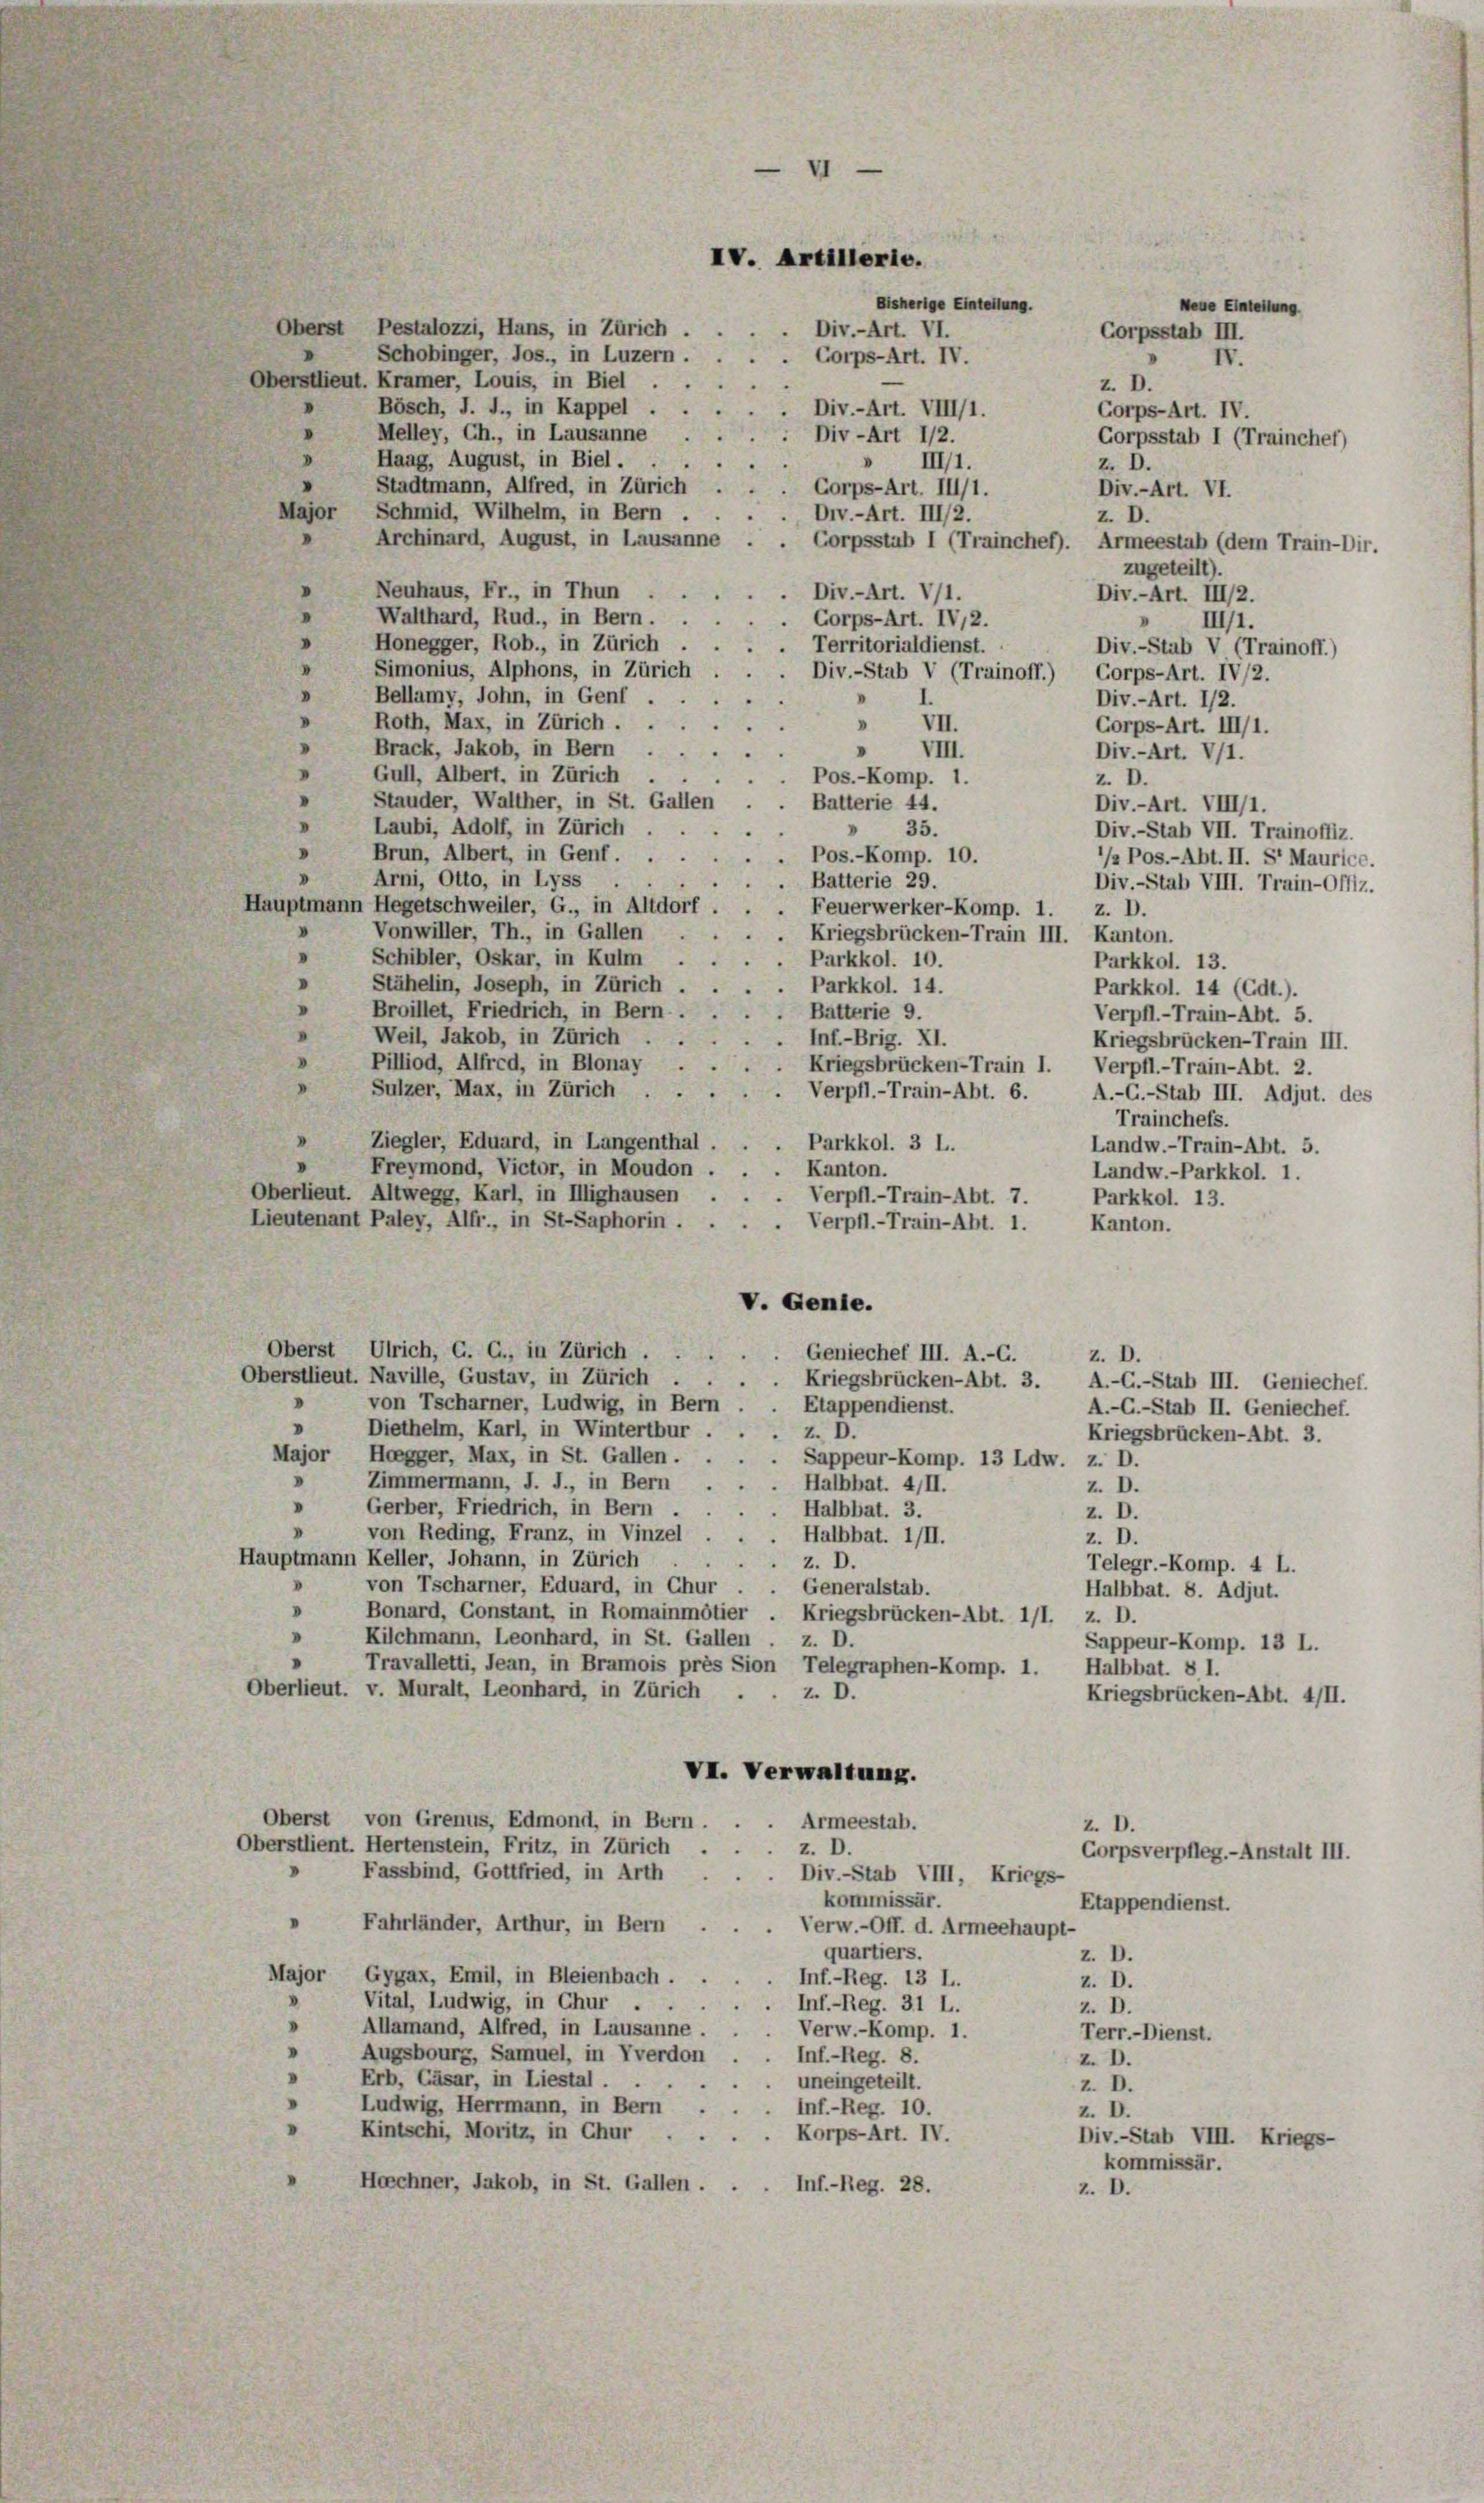
Oberst Pestalozzi, Hans, in Zürich.
Div.-Art. VI.
Schobinger, Jos., in Luzern.
Corps-Art. IV.
Oberstlieut. Kramer, Louis, in Biel.
Bösch, J. J., in Kappel.
"
 Div.-Art. VIII/1.
» Melley, Ch., in Lausanne
Div-Art 1/2.
d
Haag, August, in Biel.
» III/1.
Stadtmann, Alfred, in Zürich . . . Corps-Art. III/1.
Major Schmid, Wilhelm, in Bern.
Div.-Art. III/2.
Archinard, August, in Lausanne
Neuhaus, Fr., in Thun
Div.-Art. V/1.
I
Walthard, Rud., in Bern . .
Corps-Art. IV,2.
.
Honegger, Rob., in Zürich.
Territorialdienst.
.
Simonius, Alphons, in Zürich
Div.-Stab V (Trainoff.) Corps-Art. IV/2.
Bellamy, John, in Genf
Roth, Max, in Zürich.
» VII.
Brack, Jakob, in Bern .
"
VIII.
Gull, Albert. in Zürich
. Pos.-Komp. 1.
Stauder, Walther, in St. Gallen
Batterie 44.
.
Laubi, Adolf, in Zürich
35.
.
Brun, Albert, in Genf. ..
. Pos.-Komp. 10.
V
Arni, Otto, in Lyss .
. Batterie 29.
Hauptmann Hegetschweiler, G., in Altdorf.
. Feuerwerker-Komp. 1. Z. D.
Vonwiller, Th., in Gallen
. Kriegsbrücken-Train III. Kanton.
Schibler, Oskar, in Kulm
Parkkol. 10.
Stähelin, Joseph, in Zürich
Parkkol. 14.
Broillet, Friedrich, in Bern
 Batterie 9.
Weil, Jakob, in Zürich.
Inf.-Brig. XI.
Pilliod, Alfred, in Blonay .
Kriegsbrücken-Train I. Verpfl.-Train-Abt. 2.
Sulzer, Max, in Zürich ..
Verpfl.-Train-Abt. 6.
Trainchefs.
Ziegler, Eduard, in Langenthal . . . Parkkol. 3 L.
Landw.-Train-Abt. 5.
Freymond, Victor, in Moudon . . . Kanton.
Landw.-Parkkol. 1.
Oberlieut. Altwegg, Karl, in Illighausen
. Verpfl.-Train-Abt. 7.
Parkkol. 13.
Lieutenant Paley, Alfr., in St-Saphorin . . . . Verpfl.-Train-Abt. 1.
Kanton.
V. Genie.
Oberst Ulrich, C. C., in Zürich ...
Geniechef III. A.-G.
z. D.
Oberstlieut. Naville, Gustav, in Zürich .
Kriegsbrücken-Abt. 3. A.-C.-Stab III. Geniechel.
von Tscharner, Ludwig, in Bern
Etappendienst.
A.-C.-Stab II. Geniechef.
Diethelm, Karl, in Winterthur.
Z. D.
Kriegsbrücken-Abt. 3.
Major Hoegger, Max, in St. Gallen . . . . Sappeur-Komp. 13 Ldw. z. D.
.
Zimmermann, J. J., in Bern . . . Halbbat. 4/II.
z. D.
Gerber, Friedrich, in Bern . .
Halbbat. 3.
z. D.
von Reding, Franz, in Vinzel
Halbbat. III.
z. D.
Hauptmann Keller, Johann, in Zürich
z. D.
Telegr.-Komp. 4 L.
von Tscharner, Eduard, in Chur . . Generalstab.
Halbbat. 8. Adjut.
.
Bonard, Constant, in Romainmötier . Kriegsbrücken-Abt. 1/1. z. D.
Kilchmann, Leonhard, in St. Gallen . z. D.
Sappeur-Komp. 13 L.
Travalletti, Jean, in Bramois près Sion Telegraphen-Komp. 1. Halbbat. § 1.
Oberlieut. v. Muralt, Leonhard, in Zürich
2 D.
Kriegsbrücken-Abt. 4/II.
VI. Verwaltung.
Oberst von Grenus, Edmond, in Bern.
Armeestab.
z. D.
Oberstlient. Hertenstein, Fritz, in Zürich
z. D.
Corpsverpfleg.-Anstalt III.
Fassbind, Gottfried, in Arth
Div.-Stab VIII, Kriegs-
kommissär.
Etappendienst.
Fahrländer, Arthur, in Bern
Verw.-Off. d. Armeehaupt-
quartiers.
z. D.
Major Gygax, Emil, in Bleienbach.
Inf.-Reg. 13 L.
z. D.
.
Vital, Ludwig, in Chur .
. Inf.-Reg. 31 L.
z. D.
.
Allamand, Alfred, in Lausanne.
Verw.-Komp. 1.
Terr.- Dienst.
Augsbourg, Samuel, in Yverdon
Inf.-Reg. 8.
Z. D.
Erb, Gäsar, in Liestal.
uneingeteilt.
2. D.
Ludwig, Herrmann, in Bern
Inf.-Reg. 10.
z. D.
Kintschi, Moritz, in Chur
Korps-Art. IV.
Div.-Stab VIII. Kriegs-
kommissär.
Horchner, Jakob, in St. Gallen.
Inf.-Reg. 28.
2. D.

IV. Artillerie.

Bisherige Einteilung.

Wene Enteilung
Corpsstab III.
IV.
2 D.
Corps-Art. IV.
Corpsstab I (Traincher)
Z. D.
Div.-Art. VI.
z. D.
Corpsstub I (Trainchef). Armeestab (dem Train-Dir.
zugeteilt).
Div.-Art. III/2.
III/1.
Div.-Stab V (Trainoff.)
Div.-Art. 172.
Corps-Art. III/1.
Div.-Art. V/1.
z. D.
Div.-Art. VIII/1.
Div.-Stab VII. Trainoffiz.
’/2 Pos.-Abt. II. Sr Maurice.
Div.-Stab VIII. Train-Offiz.
Parkkol. 13.
Parkkol. 14 (Cdt.).
Verpfl.-Train-Abt. 5.
Kriegsbrücken-Train III.
A.-C.-Stab III. Adjut. des